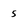
Character: 5